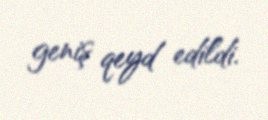
geniş qeyd edildi.